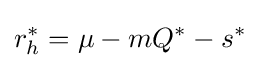
r_{h}^{*}=\mu -mQ^{*}-s^{*}